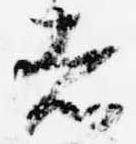
者